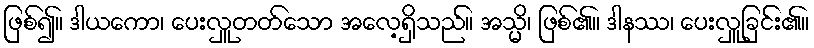
ဖြစ်၍။ ဒါယကော၊ ပေးလှူတတ်သော အလေ့ရှိသည်။ အသ္မိ၊ ဖြစ်၏။ ဒါနဿ၊ ပေးလှူခြင်း၏။